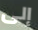
إلى